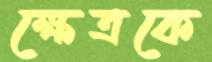
ক্ষেত্রকে